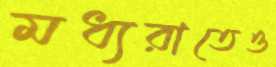
মধ্যরাতেও